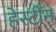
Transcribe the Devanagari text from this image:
हेस्टींन